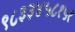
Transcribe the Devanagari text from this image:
९८३३४५८१५१